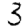
Digit: 3